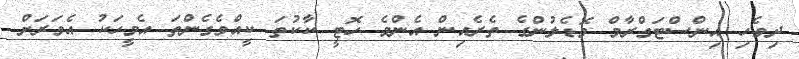
ދިވެހި އިންސްޓަގްރާމް މޮޑެލުންގެ ތެރެއިން އެންމެ ހޮޓީ ކާކުތަ ކީއްވެގެންތަ އެމީހަކު އެވަރަށް